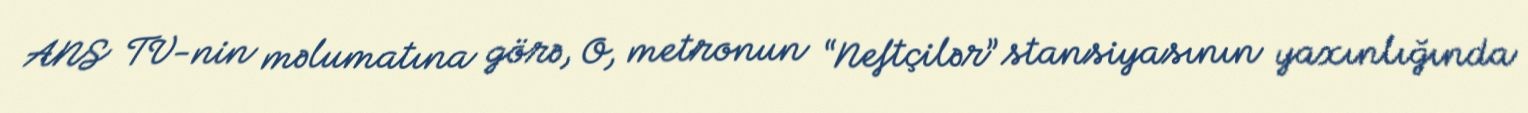
ANS TV-nin məlumatına görə, O, metronun “Neftçilər” stansiyasının yaxınlığında